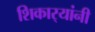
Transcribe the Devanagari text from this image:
शिकार्‍यांनी